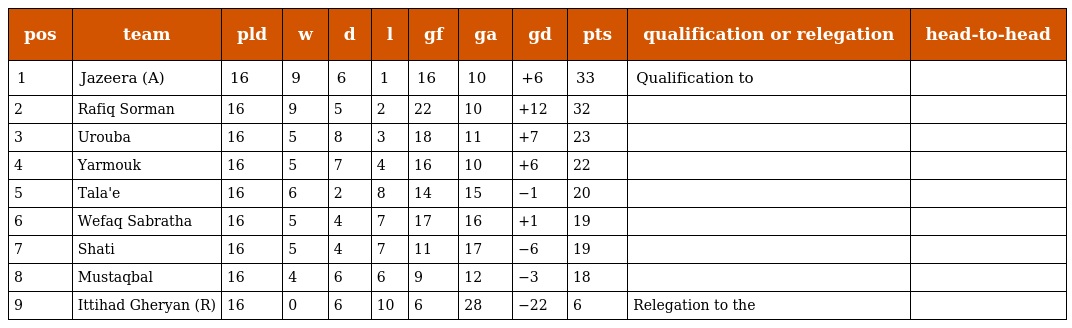
| pos | team | pld | w | d | l | gf | ga | gd | pts | qualification or relegation | head-to-head |
 | --- | --- | --- | --- | --- | --- | --- | --- | --- | --- | --- | --- |
 | 1 | Jazeera (A) | 16 | 9 | 6 | 1 | 16 | 10 | +6 | 33 | Qualification to |  |
 | 2 | Rafiq Sorman | 16 | 9 | 5 | 2 | 22 | 10 | +12 | 32 |  |  |
 | 3 | Urouba | 16 | 5 | 8 | 3 | 18 | 11 | +7 | 23 |  |  |
 | 4 | Yarmouk | 16 | 5 | 7 | 4 | 16 | 10 | +6 | 22 |  |  |
 | 5 | Tala'e | 16 | 6 | 2 | 8 | 14 | 15 | −1 | 20 |  |  |
 | 6 | Wefaq Sabratha | 16 | 5 | 4 | 7 | 17 | 16 | +1 | 19 |  |  |
 | 7 | Shati | 16 | 5 | 4 | 7 | 11 | 17 | −6 | 19 |  |  |
 | 8 | Mustaqbal | 16 | 4 | 6 | 6 | 9 | 12 | −3 | 18 |  |  |
 | 9 | Ittihad Gheryan (R) | 16 | 0 | 6 | 10 | 6 | 28 | −22 | 6 | Relegation to the |  |